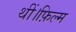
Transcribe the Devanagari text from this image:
थीं।फ़िल्म